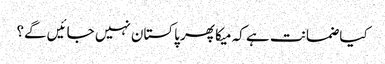
کیا ضمانت ہے کہ میکا پھر پاکستان نہیں جائیں گے؟